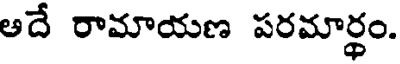
ఆదే రామాయణ పరమార్ధం.